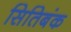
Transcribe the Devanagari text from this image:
सितिबंक